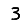
Digit: 3